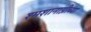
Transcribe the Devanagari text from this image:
श्मशानाग्नीच्या